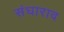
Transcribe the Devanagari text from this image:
संघाराव